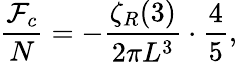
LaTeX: {\frac{{\cal F}_{c}}{N}}=-{\frac{\zeta_{R}(3)}{2\pi L^{3}}}\cdot{\frac{4}{5}},